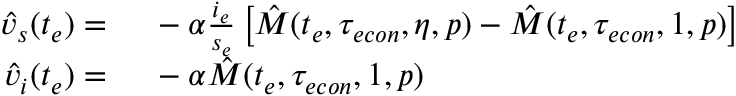
\begin{array} { r l } { \hat { v } _ { s } ( t _ { e } ) = } & { { } \ - \alpha \frac { i _ { e } } { s _ { e } } \left[ \hat { M } ( t _ { e } , { \tau _ { e c o n } } , \eta , p ) - \hat { M } ( t _ { e } , { \tau _ { e c o n } } , 1 , p ) \right] } \\ { \hat { v } _ { i } ( t _ { e } ) = } & { { } \ - \alpha \hat { M } ( t _ { e } , { \tau _ { e c o n } } , 1 , p ) } \end{array}